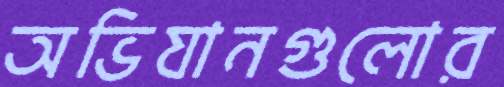
অভিযানগুলোর